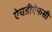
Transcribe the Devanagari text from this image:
ऐचडीऐफसी